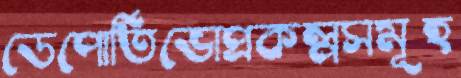
ডেপোর্তিভোপ্রকল্পসমূহ